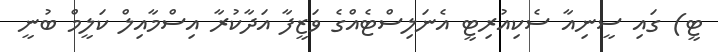
ޓީ) ގައި ސީނިއާ ސެކިއުރިޓީ އެނަލިސްޓެއްގެ ވަޒީފާ އަދާކުރާ އިސްމާއިލް ކަލީމް ބުނީ